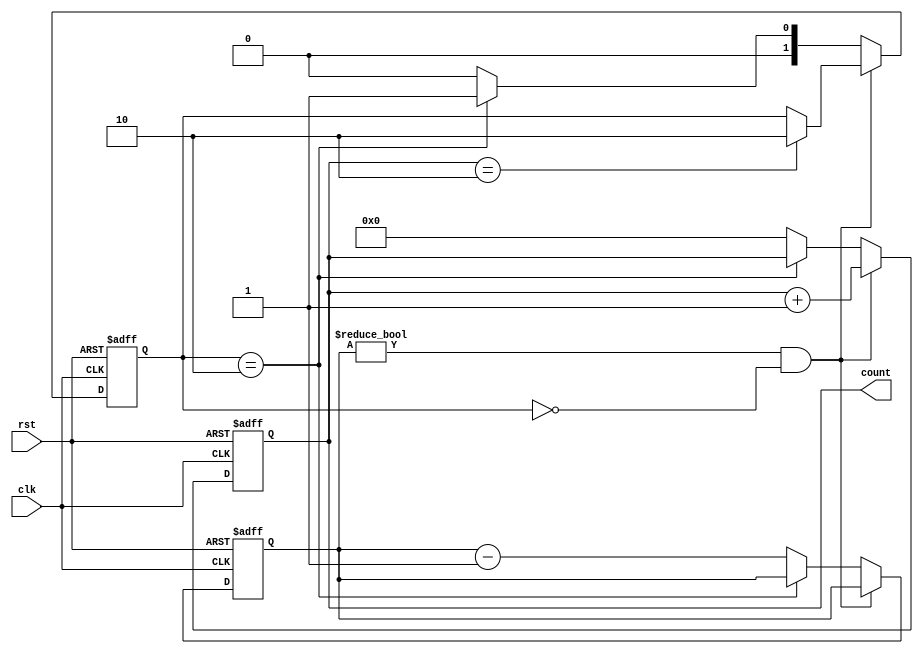
module loop_with_skip_statements(
    input wire clk,
    input wire rst,
    output reg [7:0] count
);

reg [7:0] num_iterations;
reg [1:0] skip_cond;

always @(posedge clk or posedge rst) begin
    if (rst) begin
        count <= 8'b0;
        num_iterations <= 8'b11111111;
        skip_cond <= 2'b0;
    end else begin
        if (num_iterations != 8'b0 && skip_cond == 2'b00) begin
            // Perform some operation here
            count <= count + 8'b1;
            
            // Check if we need to skip the next iteration
            if (count == 8'b010) begin
                skip_cond <= 2'b10;
            end
        end else begin
            // Skip the next iteration
            if (skip_cond == 2'b10) begin
                skip_cond <= 2'b01;
            end else begin
                skip_cond <= 2'b00;
                num_iterations <= num_iterations - 8'b1;
                count <= 8'b0;
            end
        end
    end
end

endmodule